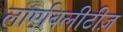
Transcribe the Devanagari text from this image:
लाएबिलीटीज़